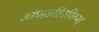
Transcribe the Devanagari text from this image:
आंध्रकवितापितामह